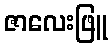
ဇာလေးဖြူ